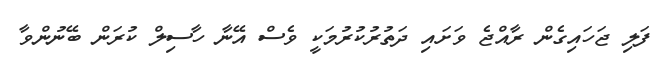
ފަލި ޖަހައިގެން ރާއްޖެ ވަށައި ދަތުރުކުރުމަކީ ވެސް އޭނާ ހާސިލް ކުރަން ބޭނުންވާ